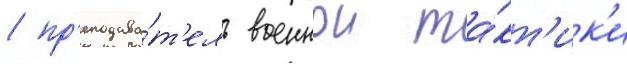
/ пр'еподава́т'ель военнои та́кт'ик'и